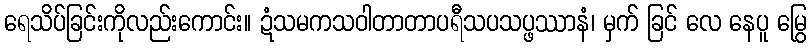
ရေသိပ်ခြင်းကိုလည်းကောင်း။ ဍံသမကသဝါတာတာပရီသပသပ္ဖဿာနံ၊ မှက် ခြင် လေ နေပူ မြွေ